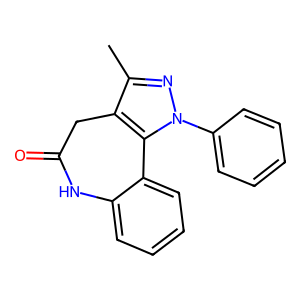
SMILES: Cc1nn(-c2ccccc2)c2c1CC(=O)Nc1ccccc1-2
Inhibits HIV replication: No